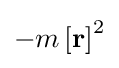
-m\left[\mathbf {r} \right]^{2}